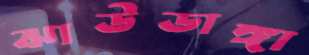
ঝাউডাঙ্গা